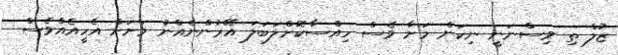
ޒުލް ތި ވިސްނަނީ ނިކަން މަށާ ވެސް ހިއްސާކޮށްލަބަލަ އޭރުންނެއްނު މަށަށް އެހީއެއްވެސް